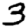
Digit: 3